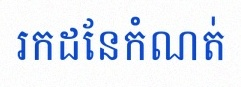
រកដែនកំណត់